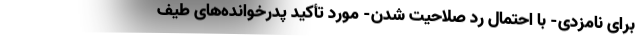
برای نامزدی- با احتمال رد صلاحیت شدن- مورد تأکید پدرخوانده‌های طیف